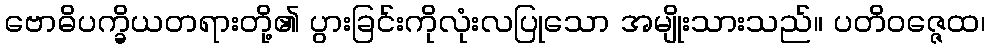
ဗောဓိပက္ခိယတရားတို့၏ ပွားခြင်းကိုလုံးလပြုသော အမျိုးသားသည်။ ပတိဝဇ္ဇေထ၊